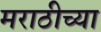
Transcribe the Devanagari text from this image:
मराठीच्‍या